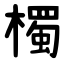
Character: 㯮